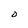
Character: O